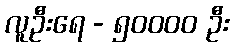
လူဦးရေ - ၅၀၀၀၀ ဦး